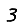
Digit: 3